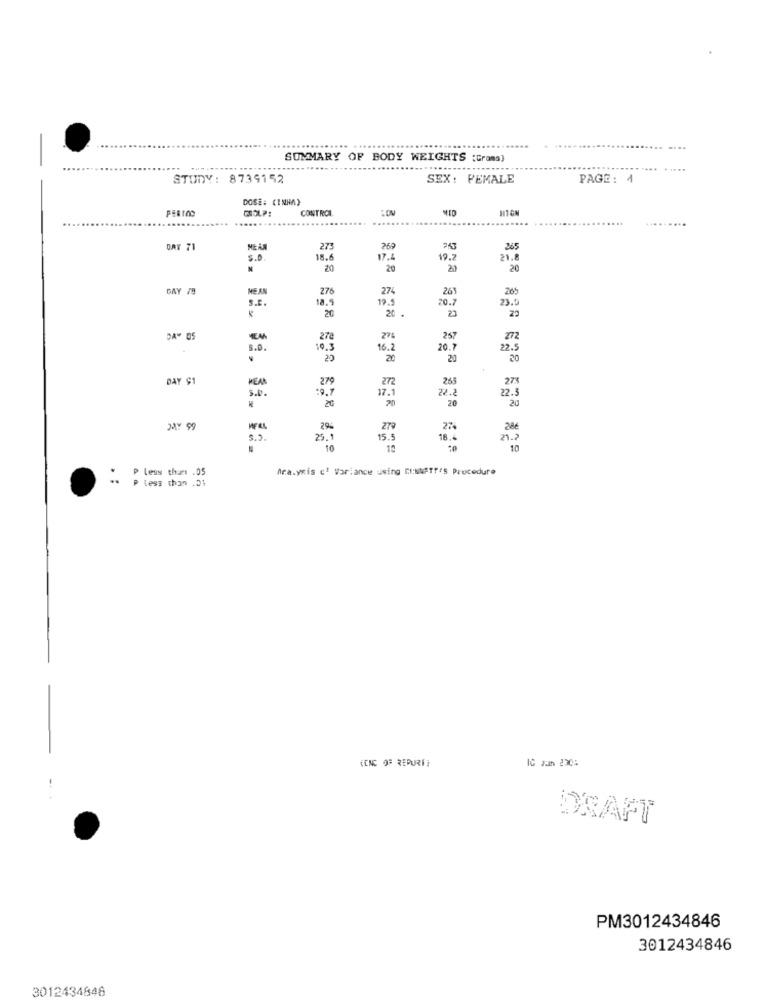
SUMMARY OF BODY WEIGHTS :Grams)
....
STUDY: 8739152
SEX: PEMALE
PAGE: 4
DOSE: (INHA)
COOLP:
CONTROL
:OM
OAT 71
273
269
263
265
S.D.
18.6
17.4
19.7
21.6
20
20
DAY /B
MEAN
276
274
26
265
S.B.
18.5
19.5
20.7
23.1
20
20
23
DA" 05
278
27%
257
272
S.D.
16.2
20.7
22.
20
20
20
20
DAY $1
WEAK
279
272
265
27%
S.b.
17.1
22.
22.3
20
20
20
20
DAY 99
2%
279
27
28€
3.9.
25.1
15.5
18.4
10
10
10
Ara.yRis c' Variance using CINNATT'S Procedure
P less than .05
TENC OF REPORT
DRAFT
PM3012434846
3012434846
3012434848